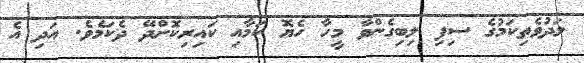
ލަދުވެތިކަމުގެ ސިފި ލިބިގެންވާ މީހާ ހެޔޮ ކަމާއި ކައިރިކޮށްދޭ ދެކަމެވެ. އަދި އެ